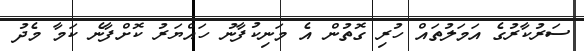
ސަރުކާރުގެ އަމަލުތައް ހުރި ގޮތުން އެ މަނިކުފާނު ހައްޔަރު ކޮށްފާނެ ކަމާ މެދު